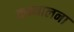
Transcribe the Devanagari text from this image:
कम्मालना